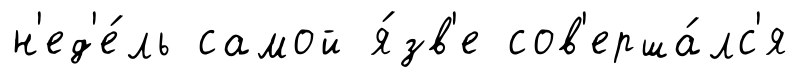
н'ед'е́ль самой я́зв'е сов'ерша́лс'я